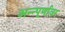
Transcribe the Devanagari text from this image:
अन्न्पूर्णावर